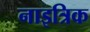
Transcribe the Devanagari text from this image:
नाइत्रिक